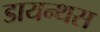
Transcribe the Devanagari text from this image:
डायन्थस